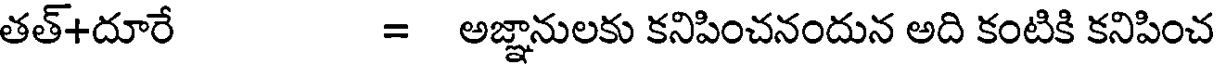
తత్+దూరే = అజ్ఞానులకు కనిపించనందున అది కంటికి కనిపించ